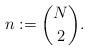
LaTeX: \begin{align*}n := {N \choose 2}.\end{align*}